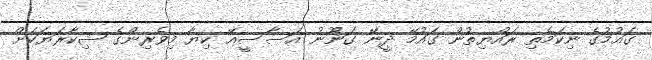
ގައުމުގެ ނިކަމެތި ރައްޔިތުން ގައުމޭ ދީނޭ ގަނޫނު އަސާސީއޭ ކިޔާ މިވެރިންގެ ޝިކާރަޔަކަށް